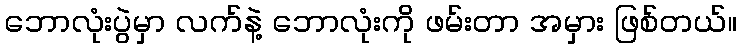
ဘောလုံးပွဲမှာ လက်နဲ့ ဘောလုံးကို ဖမ်းတာ အမှား ဖြစ်တယ်။